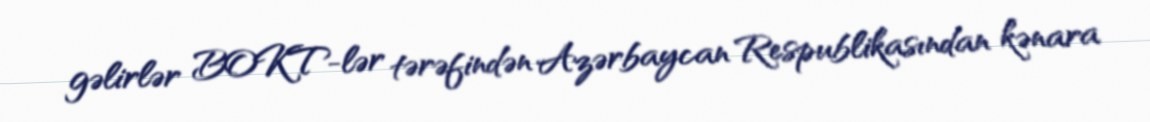
gəlirlər BOKT-lər tərəfindən Azərbaycan Respublikasından kənara